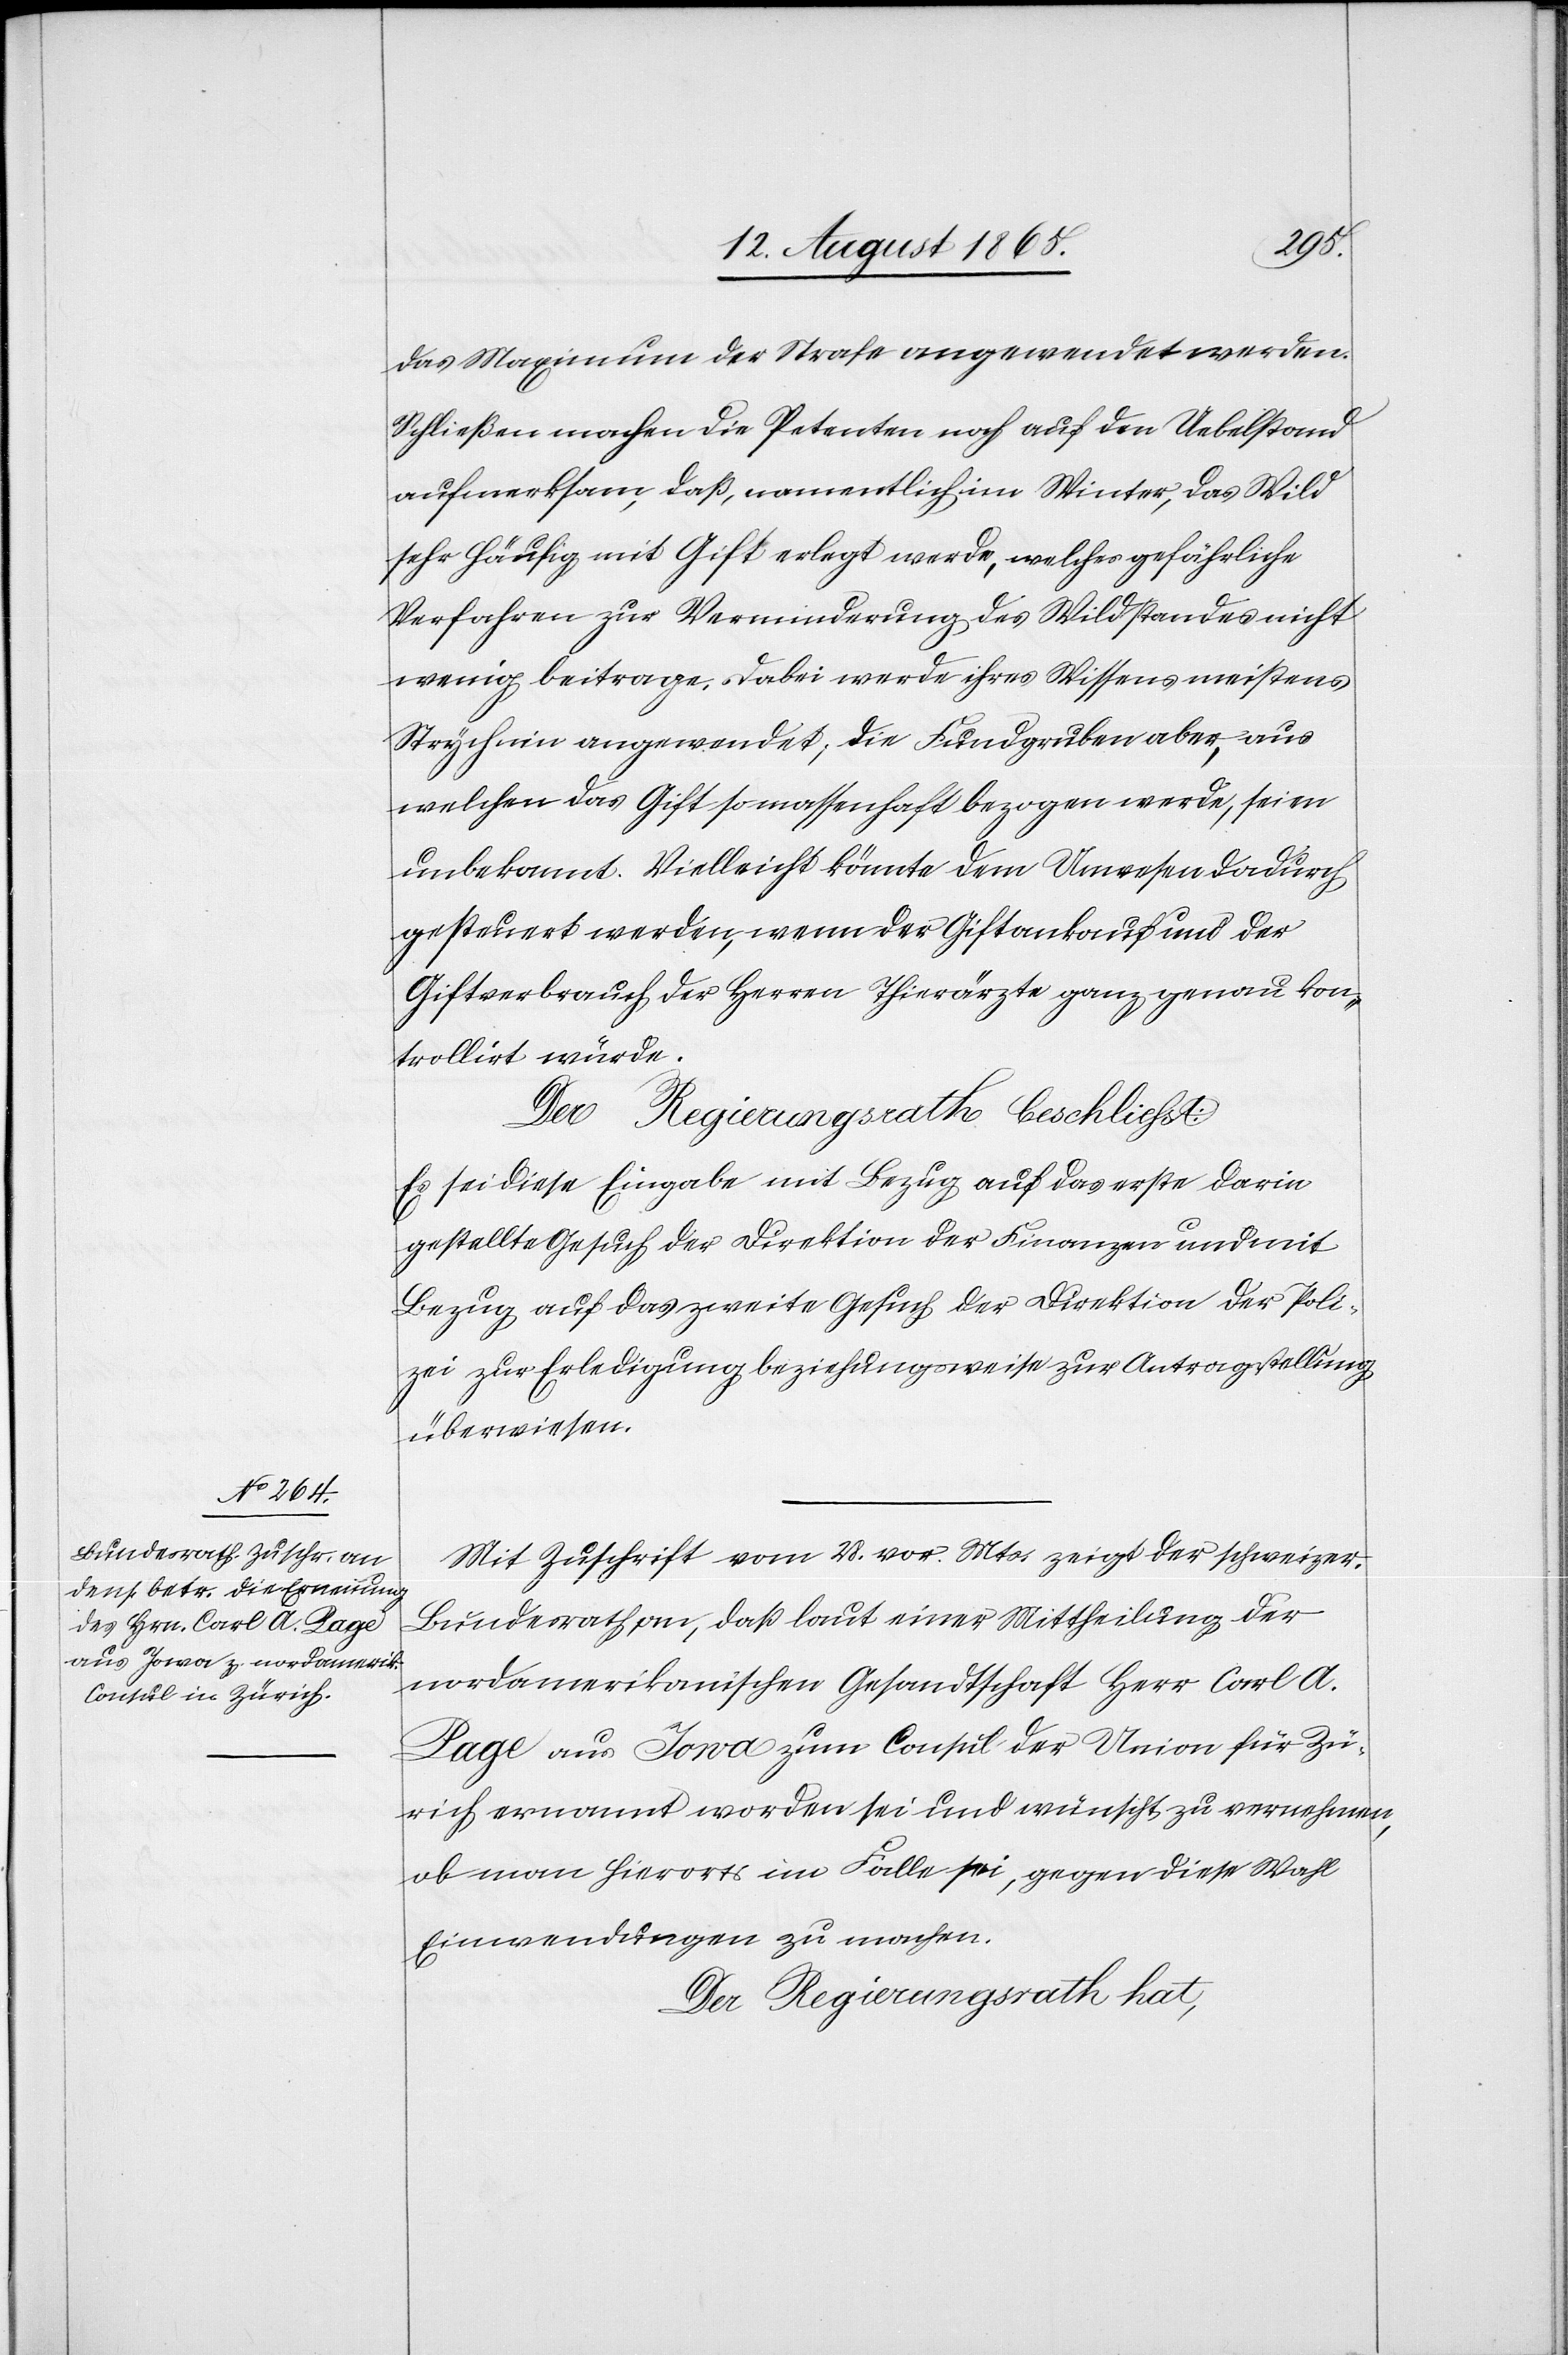
das Maximum der Strafe angewendet werden.
Schließen machen die Petenten noch auf den Uebelstand
aufmerksam, daß, namentlich im Winter, das Wild
sehr häufig mit Gift erlegt werde, welches gefährliche
Verfahren zur Verminderung des Wildstandes nicht
wenig beitrage. Dabei werde ihres Wissens meistens
Strychnin angewendet; die Fundgruben aber, aus
welchen das Gift so massenhaft bezogen werde, seien
unbekannt. Vielleicht könnte dem Unwesen dadurch
gesteuert werden, wenn der Giftankauf und der
Giftverbrauch der Herren Thierärzte ganz genau kon¬
trollirt würde.
Der Regierungsrath beschließt:
Es sei diese Eingabe mit Bezug auf das erste darin
gestellte Gesuch der Direktion der Finanzen und mit
Bezug auf das zweite Gesuch der Direktion der Poli¬
zei zur Erledigung beziehungsweise zur Antragstellung
überwiesen.
Mit Zuschrift vom 28. vor. Mts. zeigt der schweizer.
Bundesrath an, daß laut einer Mittheilung der
nordamerikanischen Gesandtschaft Her Carl. A.
Page aus Iowa zum Consul der Union für Zü¬
rich ernannt worden sei und wünscht zu vernehmen,
ob man hierorts im Falle sie, gegen diese Wahl
Einwendungen zu machen.
Der Regierungsrath hat,